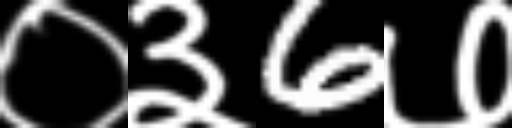
Text: ०३6७